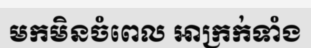
មកមិនចំពេល អាក្រក់ទាំង